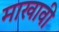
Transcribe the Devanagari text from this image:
माखावी